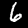
Label: 6